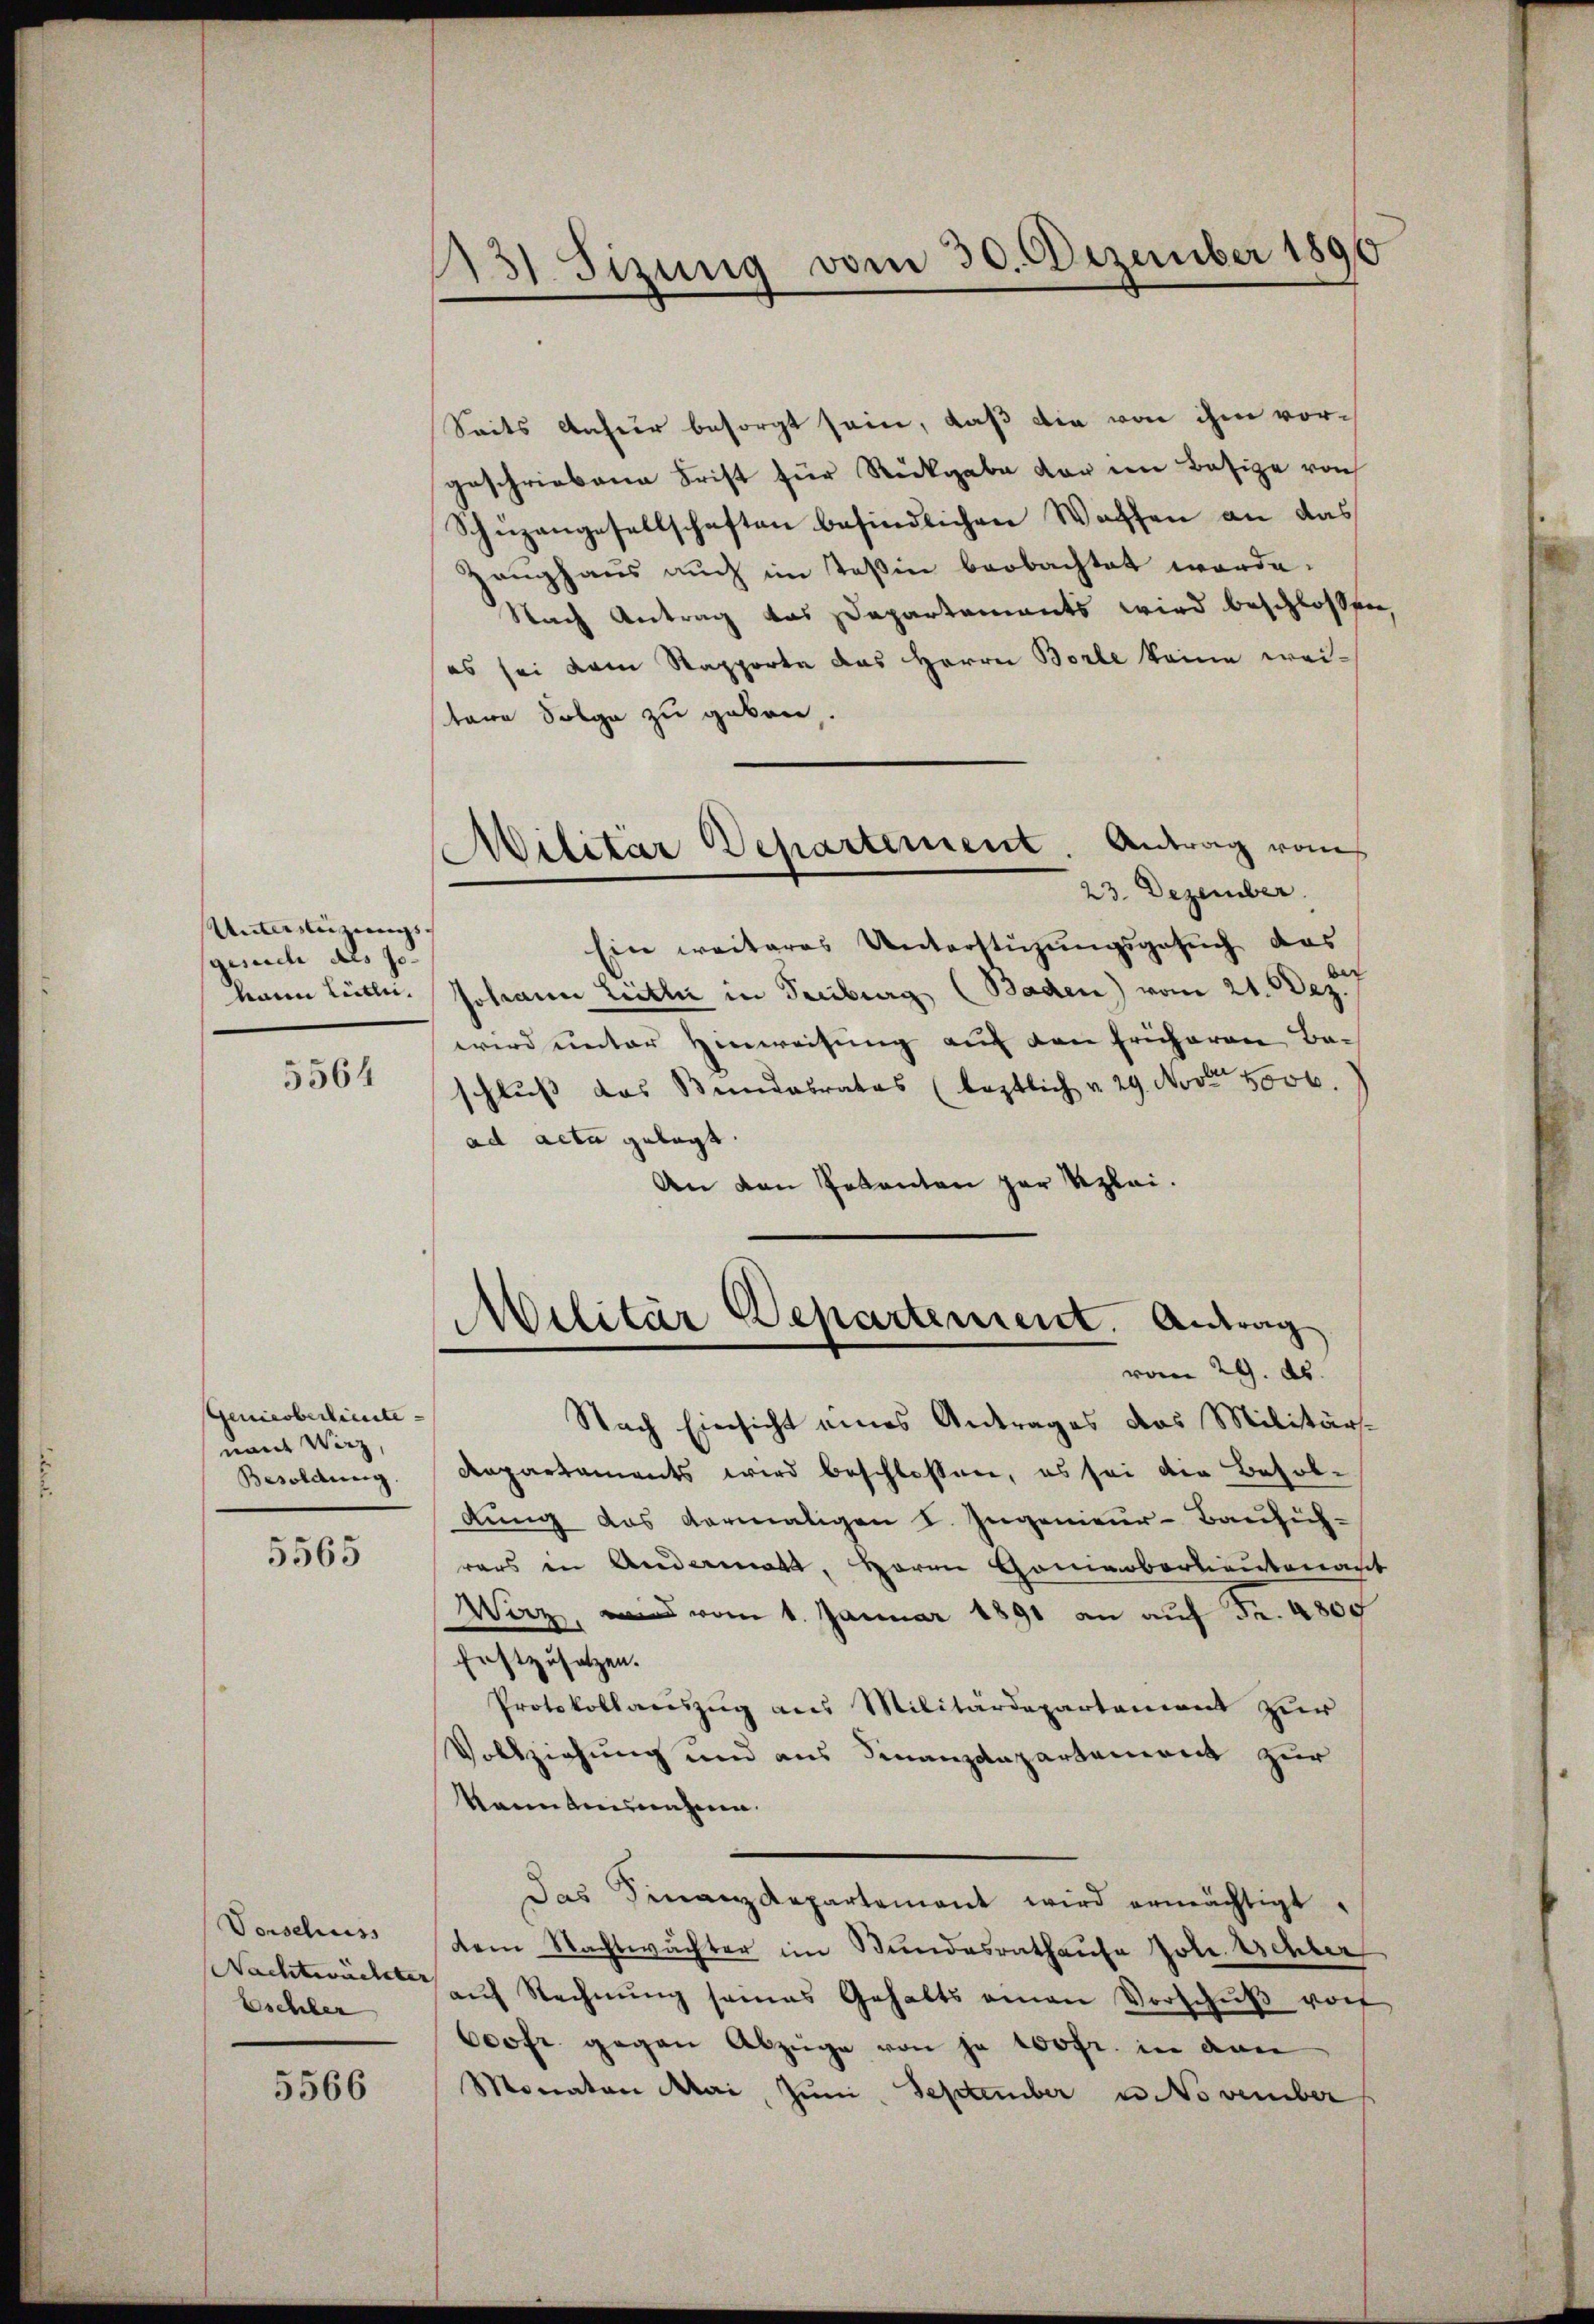
Unterweigungsgesuche des Jo- |
vain Litte.

5564

Geniesberlieute- |
namt Wirz,
Besoldung.

5565

Vorschuss
Nachtwächster
bschler

5566

13) Sizung vom 30. Dezember 1890

Seits anher besorgt sein, daß die von ihm vorgeschriebene Frist für Rückgabe vor im Besize von
Schüzengesellschaften befindlichen Waffen an das
Zeughaus auch im Teßin beobachtet werde.
Nach Antrag das Departements wird beschlossen,
es sei dem Rapporte das Herrn Borle keine weitere Folge zu geben.
Wilitar Departement. Antrag vom
.
23. Dezember.
Ein weiteres Unterstüzungsgesuch das
Johann Leitli in Treiburg (Baden) vom 21. Dez.
wird unter Hinweisung auf den früheren Bac
schluß das Bundesrates (leptlich u. 29. Novbr. 5006.
ad acta gelegt.
An den Petenten zur Reglei¬

Militär Departement. Antrag
vom 29. ds.

Nach Einsicht eines Antrages das Militärs-
Aepartements wird beschlossen, es sei der Besoldung das vermaligen I. Ingenieur-Bausichrars in Andermatt, Herrn Gomeberlieutenant
Wirz, und vom 1. Januar 1891 an auf Fr. 4800
festzusetzen.
Protokollauszug aus Militärdepartement zur
Vollziehung und aus Finanzdepartement zur
kanntnissenheim.
Das Finanzdepartement wird ermächtigt.
dem Nachtwächter im Bundesrathaufe Joh. Schler
aŭf Rechnŭng seines Gehaltsamen Vorschŭβ von
600fr. gegen Abzüge von je wofr. in den
Monaten Mai, Juni. September u. November